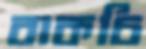
বাকচি